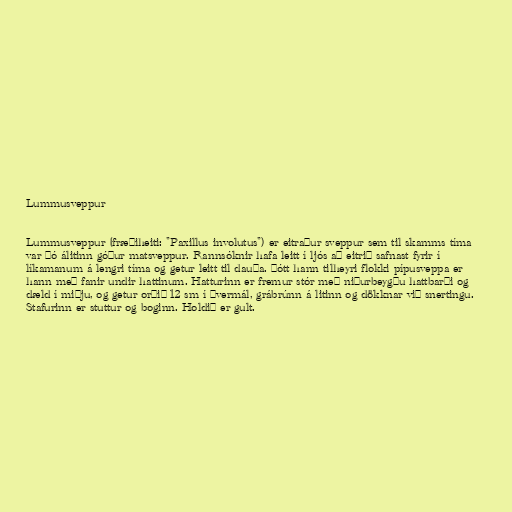
Lummusveppur

Lummusveppur (fræðiheiti: "Paxillus involutus") er eitraður sveppur sem til skamms tíma
var þó álitinn góður matsveppur. Rannsóknir hafa leitt í ljós að eitrið safnast fyrir í
líkamanum á lengri tíma og getur leitt til dauða. Þótt hann tilheyri flokki pípusveppa er
hann með fanir undir hattinum. Hatturinn er fremur stór með niðurbeygðu hattbarði og
dæld í miðju, og getur orðið 12 sm í þvermál, grábrúnn á litinn og dökknar við snertingu.
Stafurinn er stuttur og boginn. Holdið er gult.